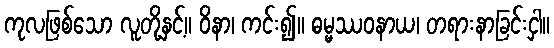
ကုလဖြစ်သော လူတို့နှင့်။ ဝိနာ၊ ကင်း၍။ ဓမ္မဿဝနာယ၊ တရားနာခြင်းငှါ။